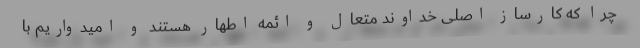
چرا که کارساز اصلی خداوند متعال و ائمه اطهار هستند و امیدواریم با